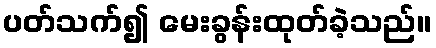
ပတ်သက်၍ မေးခွန်းထုတ်ခဲ့သည်။